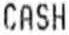
CASH